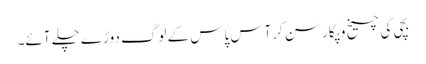
بچی کی چیخ وپکار سن کرآس پاس کے لوگ دوڑے چلے آئے۔